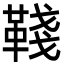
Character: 𩋋